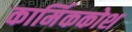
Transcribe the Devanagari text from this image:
कार्मिककोश